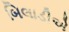
બિલાડીએ